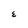
Character: E